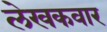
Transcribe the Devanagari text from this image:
लेखकवार